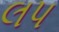
લપ